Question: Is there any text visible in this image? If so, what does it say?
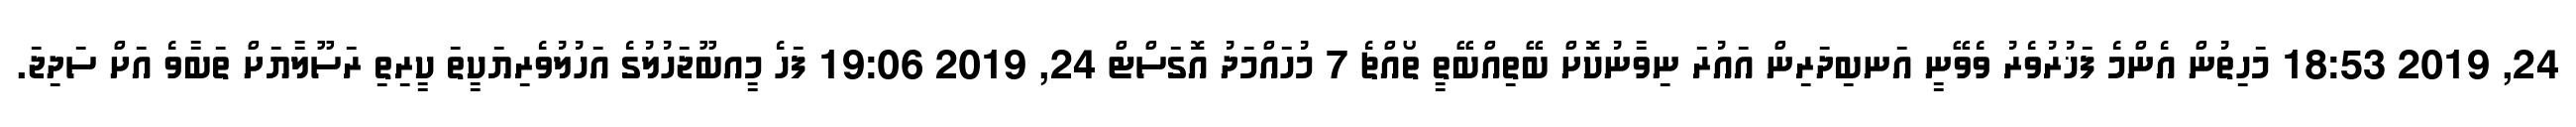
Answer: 24, 2019 18:53 މަހިތުން އެންމެ ފަޚުރުވެރު ވެވޭނީ އަނބިދަރިން އައުރަ ނިވާނުކޮށް ބޭތިއްބޭތީ ތޯއްޗެ 7 މުހައްމަދު އޮގަސްޓް 24, 2019 19:06 ފަހެ މީއބޫޖަހުލުގެ އަހުލުވެރިޔަކީތަ ކީރިތި ރަސޫލާޔަށް ތަބާވެ އަށް ސަދިޖަ.